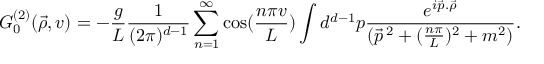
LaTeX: G _ { 0 } ^ { ( 2 ) } ( \vec { \rho } , v ) = - \frac { g } { L } \frac { 1 } { ( 2 \pi ) ^ { d - 1 } } \sum _ { n = 1 } ^ { \infty } \cos ( \frac { n \pi v } { L } ) \int d ^ { d - 1 } p \frac { e ^ { i \vec { p } . \vec { \rho } } } { ( \vec { p } ^ { \, 2 } + ( \frac { n \pi } { L } ) ^ { 2 } + m ^ { 2 } ) } .